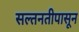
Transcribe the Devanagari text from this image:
सल्तनतीपासून